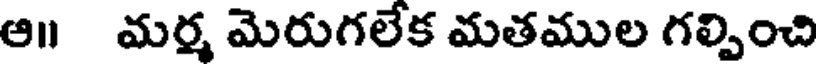
ఆ॥ మర్మ మెరుగలేక మతముల గల్పించి